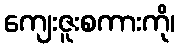
ကျေးဇူးစကားကို၊